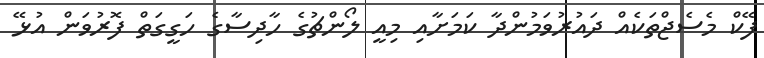
ފޭކް މެސެޖްތަކެއް ދައުރުވަމުންދާ ކަމަށާއި މިއީ ލޯންޗުގެ ހާދިސާގެ ހަގީގަތް ފޮރުވަން އުޅޭ